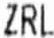
ZRL